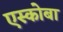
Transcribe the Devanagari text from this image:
एस्कोबा